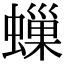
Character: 𧑀